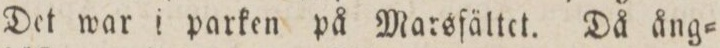
Det war i parken på Marsfället. Då ång=